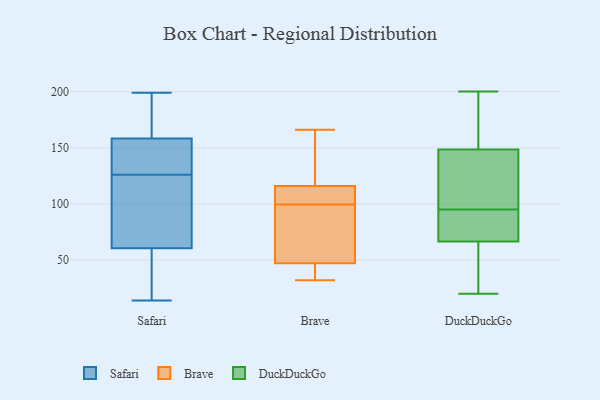
{"axis": {"x": "Customer Acquisition Cost (USD)", "y": "Value"}, "legend": ["Brave", "DuckDuckGo", "Safari"], "data": [{"x": "", "y": 159, "type": "Safari"}, {"x": "", "y": 14, "type": "Safari"}, {"x": "", "y": 54, "type": "Safari"}, {"x": "", "y": 199, "type": "Safari"}, {"x": "", "y": 80, "type": "Safari"}, {"x": "", "y": 20, "type": "Safari"}, {"x": "", "y": 138, "type": "Safari"}, {"x": "", "y": 50, "type": "Safari"}, {"x": "", "y": 197, "type": "Safari"}, {"x": "", "y": 99, "type": "Safari"}, {"x": "", "y": 82, "type": "Safari"}, {"x": "", "y": 191, "type": "Safari"}, {"x": "", "y": 164, "type": "Safari"}, {"x": "", "y": 139, "type": "Safari"}, {"x": "", "y": 156, "type": "Safari"}, {"x": "", "y": 127, "type": "Safari"}, {"x": "", "y": 21, "type": "Safari"}, {"x": "", "y": 126, "type": "Safari"}, {"x": "", "y": 94, "type": "Safari"}, {"x": "", "y": 166, "type": "Brave"}, {"x": "", "y": 95, "type": "Brave"}, {"x": "", "y": 90, "type": "Brave"}, {"x": "", "y": 104, "type": "Brave"}, {"x": "", "y": 45, "type": "Brave"}, {"x": "", "y": 32, "type": "Brave"}, {"x": "", "y": 110, "type": "Brave"}, {"x": "", "y": 47, "type": "Brave"}, {"x": "", "y": 116, "type": "Brave"}, {"x": "", "y": 117, "type": "Brave"}, {"x": "", "y": 124, "type": "DuckDuckGo"}, {"x": "", "y": 154, "type": "DuckDuckGo"}, {"x": "", "y": 27, "type": "DuckDuckGo"}, {"x": "", "y": 75, "type": "DuckDuckGo"}, {"x": "", "y": 200, "type": "DuckDuckGo"}, {"x": "", "y": 189, "type": "DuckDuckGo"}, {"x": "", "y": 143, "type": "DuckDuckGo"}, {"x": "", "y": 102, "type": "DuckDuckGo"}, {"x": "", "y": 108, "type": "DuckDuckGo"}, {"x": "", "y": 189, "type": "DuckDuckGo"}, {"x": "", "y": 20, "type": "DuckDuckGo"}, {"x": "", "y": 181, "type": "DuckDuckGo"}, {"x": "", "y": 71, "type": "DuckDuckGo"}, {"x": "", "y": 67, "type": "DuckDuckGo"}, {"x": "", "y": 95, "type": "DuckDuckGo"}, {"x": "", "y": 84, "type": "DuckDuckGo"}, {"x": "", "y": 95, "type": "DuckDuckGo"}, {"x": "", "y": 52, "type": "DuckDuckGo"}, {"x": "", "y": 47, "type": "DuckDuckGo"}, {"x": "", "y": 66, "type": "DuckDuckGo"}]}